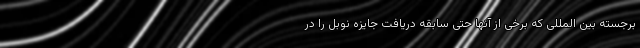
برجسته بین المللی که برخی از آنها حتی سابقه دریافت جایزه نوبل را در